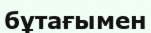
бұтағымен